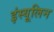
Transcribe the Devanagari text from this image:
इंस्यूलिन